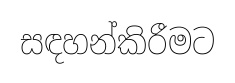
සඳහන්කිරීමට